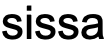
sissa